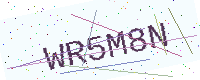
Text: WR5M8N